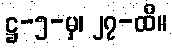
ဋ္ဌ-၅-မှ၊ ၂၇-ထိ။